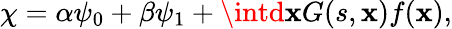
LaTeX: \chi=\alpha\psi_{0}+\beta\psi_{1}+\intd\mathbf{x}G(s,\mathbf{x})f(\mathbf{x}),